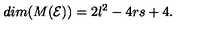
d i m ( M ( \mathcal { E } ) ) = 2 l ^ { 2 } - 4 r s + 4 .